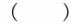
( )